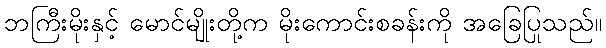
ဘကြီးမိုးနှင့် မောင်မျိုးတို့က မိုးကောင်းစခန်းကို အခြေပြုသည်။